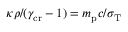
\kappa \rho / ( \gamma _ { \mathrm { c r } } - 1 ) = m _ { \mathrm { p } } c / \sigma _ { \mathrm { T } }